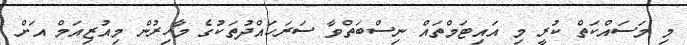
މި މަސައްކަތް ކުރީ މި އައިޓަމްތައް ނިސްބަތްވާ ސަރަހައްދުތަކުުގެ މާހިރުން މިއުޒިއަމް އަށް